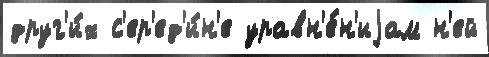
друг'и́х с'ер'ед'и́н'е уравн'е́н'иjам н'ей